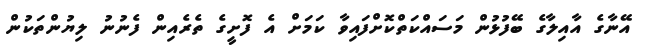
އޭނާގެ އާއިލާގެ ބޭފުޅުން މަސައްކަތްކޮށްފައިވާ ކަމަށް އެ ފޮށީގެ ތެރެއިން ފެނުނު ލިޔުންތަކުން